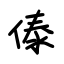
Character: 傣